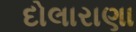
દોલારાણા